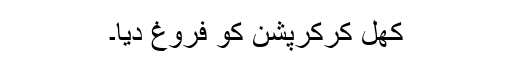
کھل کرکرپشن کو فروغ دیا۔